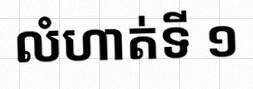
លំហាត់ទី ១